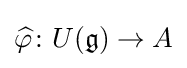
{\widehat {\varphi }}\colon U({\mathfrak {g}})\to A